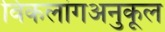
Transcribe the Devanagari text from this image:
विकलांगअनुकूल